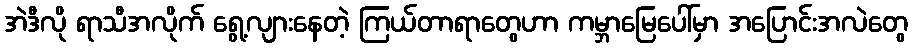
အဲဒီလို ရာသီအလိုက် ရွေ့လျားနေတဲ့ ကြယ်တာရာတွေဟာ ကမ္ဘာမြေပေါ်မှာ အပြောင်းအလဲတွေ